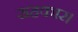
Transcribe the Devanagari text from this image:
सहकार।